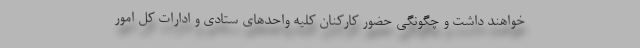
خواهند داشت و چگونگی حضور کارکنان کلیه واحدهای ستادی و ادارات کل امور